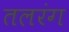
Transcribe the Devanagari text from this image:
तलरंग